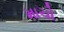
માચો